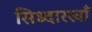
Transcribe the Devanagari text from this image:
सिध्दारखाँ